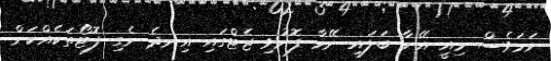
ނަމަވެސް މިއީ އޭނާ ބަލައި ނޭމާ ފޮނުވި ޖެޓްގައި އިނދެ ނެގި ފޮޓޯތަކެއްކަން